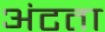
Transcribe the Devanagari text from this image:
अंटता